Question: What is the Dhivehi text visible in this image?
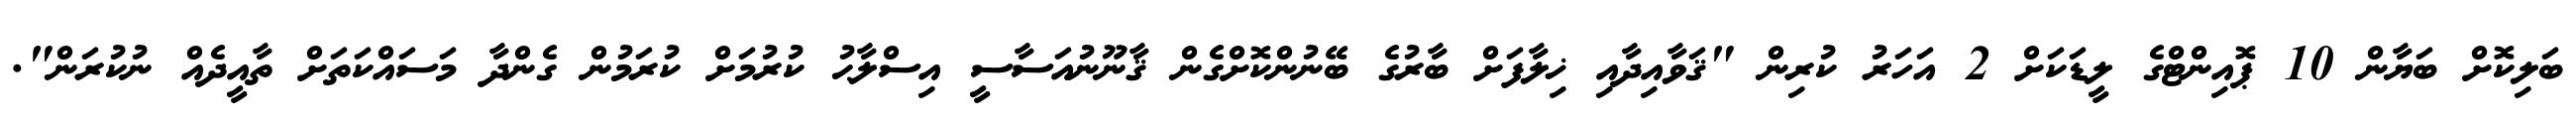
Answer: ބަލިކޮށް ބަޔާން 10 ޕޮއިންޓްގެ ލީޑަކަށް 2 އަހަރު ކުރިން "ޤަވާއިދާއި ޚިލާފަށް ބާރުގެ ބޭނުންކޮށްގެން ޤާނޫނުއަސާސީ އިސްލާޙު ކުރުމަށް ކުރަމުން ގެންދާ މަސައްކަތަށް ތާއީދެއް ނުކުރަން".